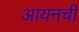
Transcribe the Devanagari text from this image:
आयनची